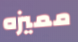
مميزه